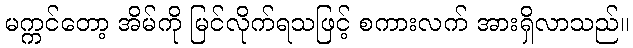
မက္ကင်တော့ အိမ်ကို မြင်လိုက်ရသဖြင့် စကားလက် အားရှိလာသည်။